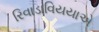
રિવાડાવિયયાએ